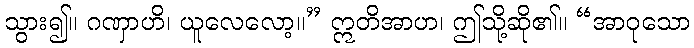
သွား၍။ ဂဏှာဟိ၊ ယူလေလော့။” ဣတိအာဟ၊ ဤသို့ဆို၏။ “အာဝုသော